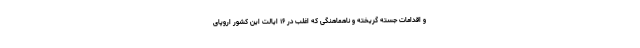
و اقدامات جسته گریخته و ناهماهنگی که اغلب در ۱۶ ایالت این کشور اروپای